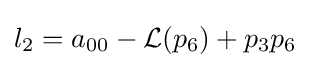
l_{2}=a_{00}-{\mathcal {L}}(p_{6})+p_{3}p_{6}